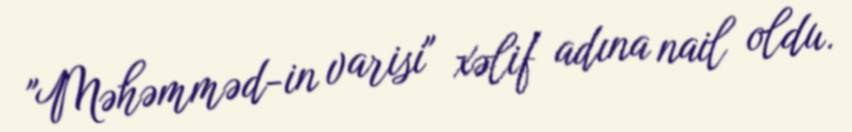
"Məhəmməd-in varisi" xəlif adına nail oldu.